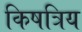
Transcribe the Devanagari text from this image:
किषत्रिय